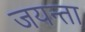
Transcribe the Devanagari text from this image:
जयन्ता